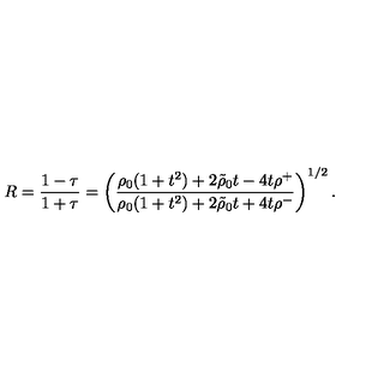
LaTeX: R = { \frac { 1 - \tau } { 1 + \tau } } = \left( { \frac { \rho _ { 0 } ( 1 + t ^ { 2 } ) + 2 \tilde { \rho } _ { 0 } t - 4 t \rho ^ { + } } { \rho _ { 0 } ( 1 + t ^ { 2 } ) + 2 \tilde { \rho } _ { 0 } t + 4 t \rho ^ { - } } } \right) ^ { 1 / 2 } .